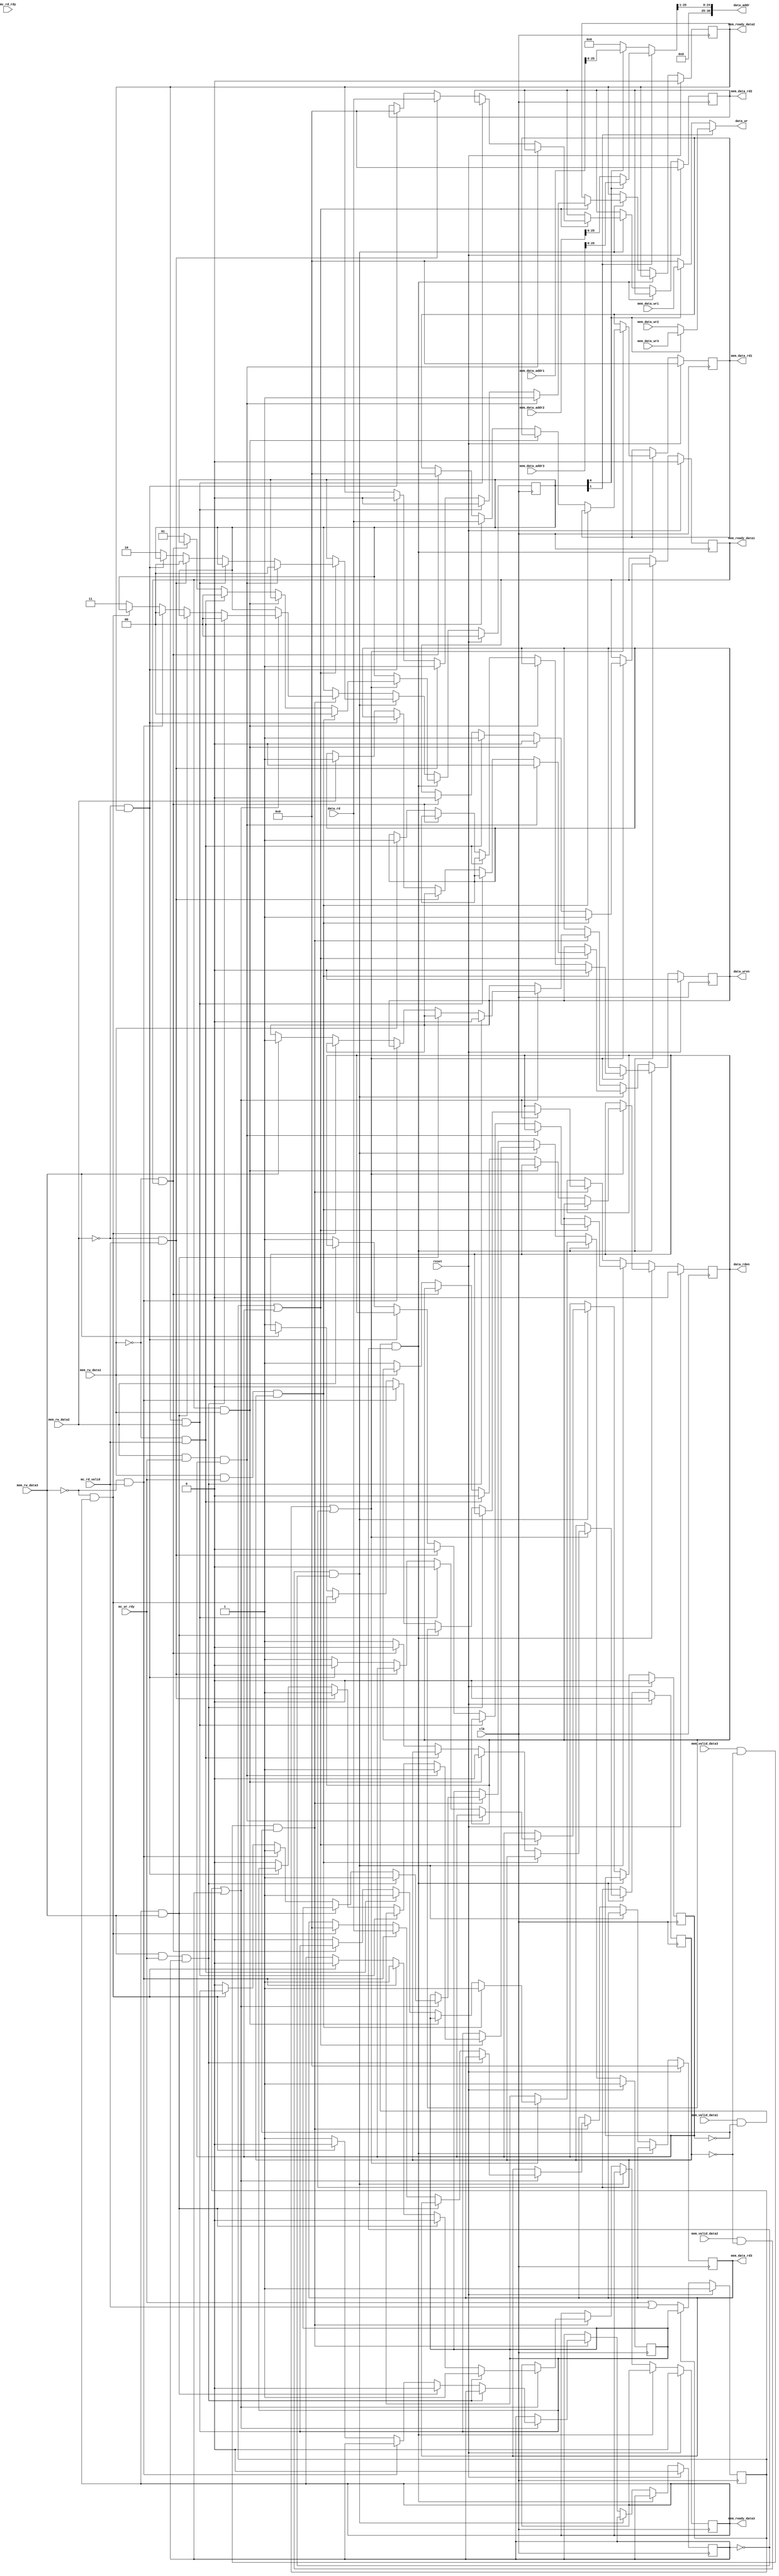
`timescale 1ns / 1ps
//////////////////////////////////////////////////////////////////////////////////
// Company: 
// Engineer: 
// 
// Design Name: 
// Module Name:    Arbiter 
// Project Name: 
// Target Devices: 
// Tool versions: 
// Description: 
//
// Dependencies: 
//
// Revision: 
// Revision 0.01 - File Created
// Additional Comments: 
//
//////////////////////////////////////////////////////////////////////////////////
module Arbiter(
   input clk,
   input reset,

   // Memory controller Interface
	
	output  [255:0]  data_wr,
	output  [30:0]   data_addr,
	input      [255:0]  data_rd,
	
	output reg          data_rden,
	output reg          data_wren,
	input               mc_rd_valid,
	input               mc_wr_rdy,
	input               mc_rd_rdy,  // Not used
   
  
								
	// Cache Interface
	// I-cache1
	input  	   [255:0] mem_data_wr1,
								// Input data from cache
								
	output reg  [255:0] mem_data_rd1,
								// Output the data to cache
								
   input       [27:0]  mem_data_addr1,
								// DDR2 address from cache to read/write the data from/to
								
	input               mem_rw_data1,
	                     // To indicate read/write command from cache
								
	input               mem_valid_data1,
	                     // To indicate from cache if command is valid
								
	output 	reg			  mem_ready_data1,
                        // To indicate to cache that response is ready	
	
	// D-cache
	
	input  	   [255:0] mem_data_wr2,
								// Input data from cache
								
	output reg  [255:0] mem_data_rd2,
								// Output the data to cache
								
   input       [27:0]  mem_data_addr2,
								// DDR2 address from cache to read/write the data from/to
								
	input               mem_rw_data2,
	                     // To indicate read/write command from cache
								
	input               mem_valid_data2,
	                     // To indicate from cache if command is valid
								
	output 	reg			  mem_ready_data2,
                        // To indicate to cache that response is ready
	
	// VGA 
	
	input  	   [255:0] mem_data_wr3,
								// Input data from cache
								
	output  reg [255:0] mem_data_rd3,
								// Output the data to cache
								
   input       [27:0]  mem_data_addr3,
								// DDR2 address from cache to read/write the data from/to
								
	input               mem_rw_data3,
	                     // To indicate read/write command from cache
								
	input               mem_valid_data3,
	                     // To indicate from cache if command is valid
								
	output   reg				  mem_ready_data3
                        // To indicate to cache that response is ready
	
    );



wire [27:0] temp_addr;
reg enable1_active;
reg enable2_active;
reg enable3_active;


// Muxing block
reg [1:0] sel;
reg mc_wr_rdy_accept;
reg mem_wr_rdy_tmp;
// 11  -- 3 Interface
// 10  -- 2 Interface
//	01  -- 1 Interface
// 00  -- send out zero	

assign data_wr = (sel[1]) ? (sel[0] ? mem_data_wr3 : mem_data_wr2) : (sel[0] ? mem_data_wr1 : 256'd0);
assign temp_addr = (sel[1]) ? (sel[0] ? mem_data_addr3 : mem_data_addr2) : (sel[0] ? mem_data_addr1 : 256'd0);

// Concatinate from 28 to 25 bits & interpolate to 31 bits
// Remove last bit & first 2 MSB
assign data_addr = {6'b0,temp_addr[25:1]};

// Assigning reg to wire

always @(posedge clk)
	begin
	if(reset)
	mc_wr_rdy_accept <= 1;
	else
	if(mc_wr_rdy_accept == 0)  // Once it becomes 0 start following mc_wr_rdy 
	// Once it become 1 it won't follow
	mc_wr_rdy_accept <= (mc_wr_rdy | mc_rd_valid);
	else
	mc_wr_rdy_accept <= mem_wr_rdy_tmp;
	
   end

always @ (posedge clk)
begin
	if(reset)
	begin
	data_rden <= 0;
	data_wren <= 0;
	sel <= 2'd0;
	enable1_active <= 0;
	enable2_active <= 0;
	enable3_active <= 0;
	
	mem_data_rd1 <= 256'd0;
	mem_data_rd2 <= 256'd0;
   mem_data_rd3 <= 256'd0;
	
	mem_ready_data1 <= 0;
	mem_ready_data2 <= 0;
	mem_ready_data3 <= 0;
	mem_wr_rdy_tmp <= 1;
	
	end
	
	else
	begin

		if(mem_valid_data1 == 1 & ~enable2_active & ~enable3_active) // Its either read or write command
		// Other two blocks are not operating
			begin
				
				if(mc_wr_rdy_accept | enable1_active)  // If memory controller ready or the process is active
		      begin
				
				// Enable active logic
				if( (mem_rw_data1 == 1)  & mc_wr_rdy  & enable1_active) // First time won't be executed
					begin
					mem_ready_data1 <= 1;
					data_wren <= 0;
					sel <= 2'b00;
					mem_wr_rdy_tmp <= 1;
					end
					
				else if(mem_ready_data1 & (mem_rw_data1 == 1))
					begin
					mem_ready_data1 <= 0;
					enable1_active <= 0;
					end
					
				else if(mem_rw_data1 == 0 & mc_rd_valid) //read command is completed, so de-assert enable
					begin
					mem_ready_data1 <= 1;
					mem_data_rd1 <= data_rd;
					data_rden <= 0;
					sel <= 2'b00;
		         mem_wr_rdy_tmp <= 1;
               end   
				else if(mem_rw_data1 == 0 & mem_ready_data1 )  // For read command it is set high
				   begin
					enable1_active <= 0;
					mem_data_rd1 <= 256'd0;
					mem_ready_data1 <= 0;
					end
					
					
				else // For write/read command, set high
					begin
					enable1_active <= 1;
					mem_wr_rdy_tmp <= 0;
					sel <= 2'b01;
					if(mem_rw_data1)
					data_wren <= 1;  
					else
					data_rden <= 1;
					end		
		
			   end  // end of mc_rd_rdy	
				
			end  // end of priority 1
			
		else if(mem_valid_data2 == 1 & ~enable1_active & ~enable3_active) 
		
			begin
				if(mc_wr_rdy_accept | enable2_active)  // If memory controller ready or the process is active
		      begin
				
				// Enable active logic
				if( (mem_rw_data2 == 1)  & mc_wr_rdy  & enable2_active) // First time won't be executed
					begin
					mem_ready_data2 <= 1;
					data_wren <= 0;
					sel <= 2'b00;
					mem_wr_rdy_tmp <= 1;
					end
					
				else if(mem_ready_data2 & (mem_rw_data2 == 1))
					begin
					mem_ready_data2 <= 0;
					enable2_active <= 0;
					end
					
				else if(mem_rw_data2 == 0 & mc_rd_valid) //read command is completed, so de-assert enable
					begin
					mem_ready_data2 <= 1;
					mem_data_rd2 <= data_rd;
					data_rden <= 0;
					sel <= 2'b00;
		         mem_wr_rdy_tmp <= 1;
               end   
				else if(mem_rw_data2 == 0 & mem_ready_data2 )  // For read command it is set high
				   begin
					enable2_active <= 0;
					mem_data_rd2 <= 256'd0;
					mem_ready_data2 <= 0;
					end
					
					
				else // For write/read command, set high
					begin
					enable2_active <= 1;
					mem_wr_rdy_tmp <= 0;
					sel <= 2'b10;
					if(mem_rw_data2)
					data_wren <= 1;  
					else
					data_rden <= 1;
					end		
		
			   end  // end of mc_rd_rdy
				
			end  // end of priority 2
			
		else if(mem_valid_data3 == 1 & ~enable1_active & ~enable2_active)
			begin
			
				if(mc_wr_rdy_accept | enable3_active)  // If memory controller ready or the process is active
		      begin
				
				// Enable active logic
				if( (mem_rw_data3 == 1)  & mc_wr_rdy  & enable3_active) // First time won't be executed
					begin
					mem_ready_data3 <= 1;
					data_wren <= 0;
					sel <= 2'b00;
					mem_wr_rdy_tmp <= 1;
					end
					
				else if(mem_ready_data3 & (mem_rw_data3 == 1))
					begin
					mem_ready_data3 <= 0;
					enable3_active <= 0;
					end
					
				else if(mem_rw_data3 == 0 & mc_rd_valid) //read command is completed, so de-assert enable
					begin
					mem_ready_data3 <= 1;
					mem_data_rd3 <= data_rd;
					data_rden <= 0;
					sel <= 2'b00;
		         mem_wr_rdy_tmp <= 1;
               end   
				else if(mem_rw_data3 == 0 & mem_ready_data3 )  // For read command it is set high
				   begin
					enable3_active <= 0;
					mem_data_rd3 <= 256'd0;
					mem_ready_data3 <= 0;
					end
					
					
				else // For write/read command, set high
					begin
					enable3_active <= 1;
					mem_wr_rdy_tmp <= 0;
					sel <= 2'b11;
					if(mem_rw_data3)
					data_wren <= 1;  
					else
					data_rden <= 1;
					end		
		
			   end  // end of mc_rd_rdy			
			end   // end of priority 2
		
	
	end // end of else

end // end of always

endmodule